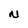
Character: N